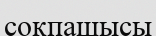
соқпашысы